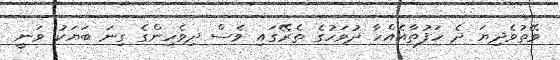
ވޭތުވެދިޔަ ދެ ހަފުތާއެއްހާ ދުވަހުގެ ތެރޭގައި ވެސް ދިވެހިންގެ ގިނަ ބަޔަކު ވަނީ